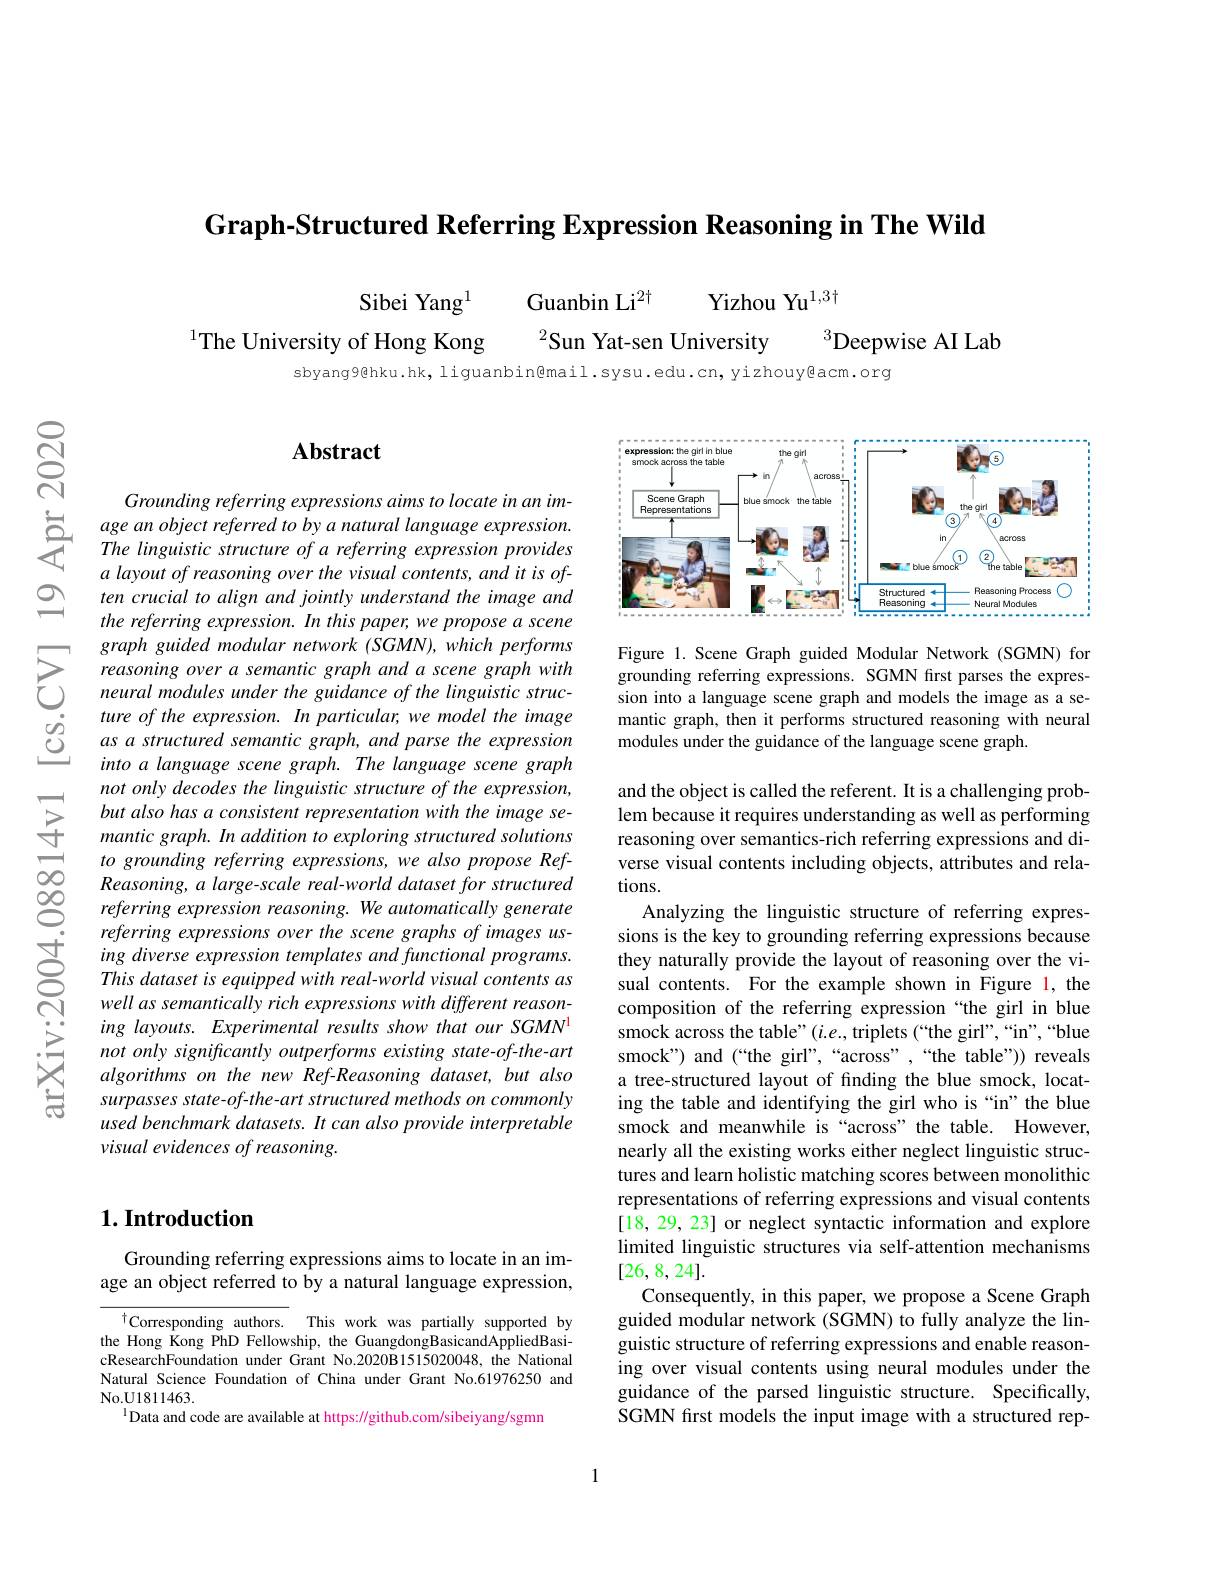
Graph-Structured Referring Expression Reasoning in The Wild

Yizhou Yu$^{1,3\dagger}$

Guanbin Li$^{2\dagger}$

Sibei Yang$^{1}$

$^1$The University of Hong Kong

$^{2}$Sun Yat-sen University

$^3$Deepwise AI Lab

sbyang9@hku.hk, liguanbin@mail.sysu.edu.cn, yizhouy@acm.org

$ଟ୍ରି$

## $\mathbf{Abstract}$

Grounding referring expressions aims to locate in an im-
age an object referred to by a natural language expression. The linguistic structure of a referring expression provides
a layout of reasoning over the visual contents, and it is often crucial to align and jointly understand the image and the referring expression. In this paper, we propose a scene graph guided modular network (SGMN), which performs reasoning over a semantic graph and a scene graph with neural modules under the guidance of the linguistic structure of the expression. In particular, we model the image as a structured semantic graph, and parse the expression into a language scene graph. The language scene graph not only decodes the linguistic structure of the expression, but also has a consistent representation with the image semantic graph. In addition to exploring structured solutions to grounding referring expressions, we also propose Ref- $Reasoning,a$ large-scale real-world dataset for structured referring expression reasoning. We automatically generate referring expressions over the scene graphs of images using diverse expression templates and functional programs. This dataset is equipped with real-world visual contents as well as semantically rich expressions with different reasoning layouts. Experimental results show that our SGMN not only significantly outperforms existing state-of-the-art algorithms on the new Ref-Reasoning dataset, but also surpasses state-of-the-art structured methods on commonly used benchmark datasets. It can also provide interpretable visual evidences of reasoning.

## $1. \textbf{Introduction}$

Grounding referring expressions aims to locate in an image an object referred to by a natural language expression,

$^\dagger$Corresponding authors. This work was partially supported by the Hong Kong PhD Fellowship, the GuangdongBasicandAppliedBasicResearchFoundation under Grant No.2020B1515020048, the National Natural Science Foundation of China under Grant No.61976250 and ${\mathrm{No.U1811463.}}$
$^{1}$Data and code are available at https://github.com/sibeiyang/sgmm

<FigureHere>

Figure 1.Scene Graph guided Modular Network (SGMN) for grounding referring expressions. SGMN first parses the expression into a language scene graph and models the image as a semantic graph, then it performs structured reasoning with neural modules under the guidance of the language scene graph.

and the object is called the referent. It is a challenging problem because it requires understanding as well as performing reasoning over semantics-rich referring expressions and diverse visual contents including objects, attributes and relations.
Analyzing the linguistic structure of referring expressions is the key to grounding referring expressions because they naturally provide the layout of reasoning over the visual contents. For the example shown in Figure 1, the composition of the referring expression “the girl in blue smock across the table" $(i.e.$,triplets (“the girl”,“in”,“blue smock") and (““the girl”,“across”,“the table”)) reveals a tree-structured layout of finding the blue smock, locating the table and identifying the girl who is “in”the blue smock and meanwhile is “across" the table. However, nearly all the existing works either neglect linguistic structures and learn holistic matching scores between monolithic representations of referring expressions and visual contents [18, 29, 23] or neglect syntactic information and explore limited linguistic structures via self-attention mechanisms [26,8,24].
Consequently, in this paper, we propose a Scene Graph guided modular network (SGMN) to fully analyze the linguistic structure of referring expressions and enable reasoning over visual contents using neural modules under the guidance of the parsed linguistic structure. Specifically, SGMN first models the input image with a structured rep-

1